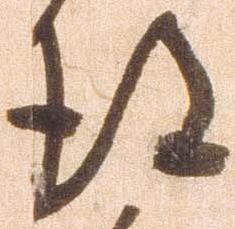
得